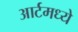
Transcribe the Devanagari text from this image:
आर्टमध्‍ये